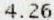
4.26